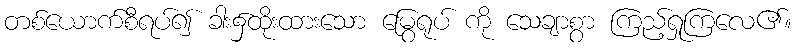
တစ်ယောက်စီရပ်၍ ခါး၌ထိုးထားသော မြွေရုပ် ကို သေချာစွာ ကြည့်ရှုကြလေ၏။